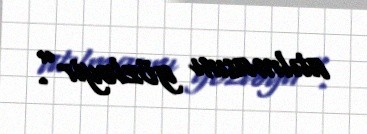
atılmasını gözləyir”.